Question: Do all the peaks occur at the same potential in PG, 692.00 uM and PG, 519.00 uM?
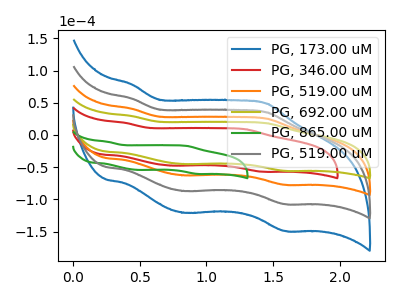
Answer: <think>The blue curve "PG, 173.00 uM" has anodic peaks at (0.45V, 122.15uA) (1.45V, 75.85uA) and cathodic peaks at (0.85V, -188.15uA) (1.60V, -232.15uA). The red curve "PG, 346.00 uM" has anodic peaks at (0.40V, 18.75uA) (1.30V, 8.85uA) and cathodic peaks at (0.75V, -47.60uA) (1.40V, -57.00uA). The orange curve "PG, 519.00 uM" has anodic peaks at (0.45V, 40.70uA) (1.45V, 25.30uA) and cathodic peaks at (0.85V, -62.70uA) (1.60V, -77.40uA). The olive curve "PG, 692.00 uM" has anodic peaks at (0.45V, 29.35uA) (1.45V, 18.20uA) and cathodic peaks at (0.85V, -45.20uA) (1.60V, -55.75uA). The green curve "PG, 865.00 uM" has anodic peaks at (0.25V, -10.50uA) (0.85V, -17.05uA) and cathodic peaks at (0.50V, -54.30uA) (0.95V, -60.50uA). The gray curve "PG, 519.00 uM" has anodic peaks at (0.45V, 81.45uA) (1.45V, 50.60uA) and cathodic peaks at (0.85V, -125.45uA) (1.60V, -154.80uA).</think>
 <answer>Yes, "PG, 692.00 uM" have a peak in "PG, 519.00 uM" at the same potential.</answer>
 <eval>match</eval>